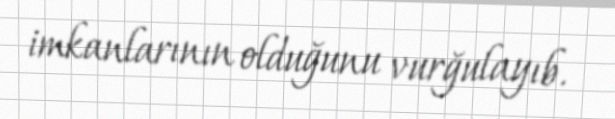
imkanlarının olduğunu vurğulayıb.